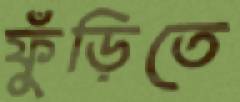
ফুঁড়িতে